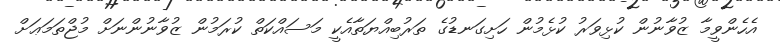
އެހެންވީމާ ޒުވާނުން ކުޅިވަރު ކުޅެމުން ހަށިގަނޑުގެ ތަރުބިއްޔަތާއެކީ މަސައްކަތް ކުރަމުން ޒުވާނުންނަށް މުޖްތަމަޢަށް